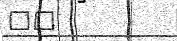
٤٦